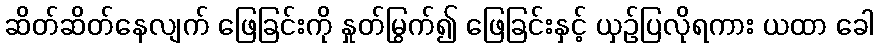
ဆိတ်ဆိတ်နေလျက် ဖြေခြင်းကို နှုတ်မြွက်၍ ဖြေခြင်းနှင့် ယှဉ်ပြလိုရကား ယထာ ခေါ